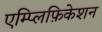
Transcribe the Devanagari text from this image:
एम्प्लिफ़िकेशन